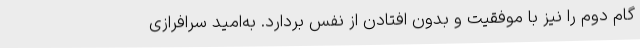
گام دوم را نیز با موفقیت و بدون افتادن از نفس بردارد. به‌امید سرافرازی